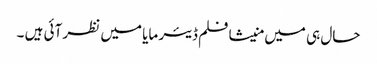
حال ہی میں منیشا فلم ڈیئر مایا میں نظر آئی ہیں ۔